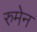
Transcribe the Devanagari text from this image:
रुमेन